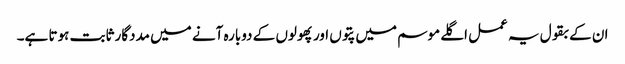
ان کے بقول یہ عمل اگلے موسم میں پتوں اور پھولوں کے دوبارہ آنے میں مددگار ثابت ہوتا ہے۔